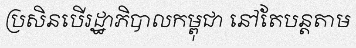
ប្រសិនបើរដ្ឋាភិបាលកម្ពុជា នៅតែបន្តតាម